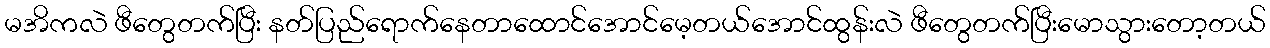
မအိကလဲ ဖီတွေတက်ပြီး နတ်ပြည်ရောက်နေတာထောင်အောင်မေ့တယ်အောင်ထွန်းလဲ ဖီတွေတက်ပြီးမောသွားတော့တယ်